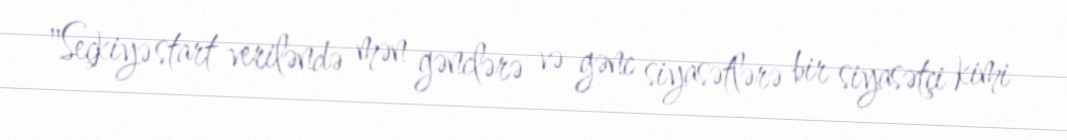
"Seçkiyə start veriləndə mən gənclərə və gənc siyasətlərə bir siyasətçi kimi